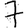
Digit: 7